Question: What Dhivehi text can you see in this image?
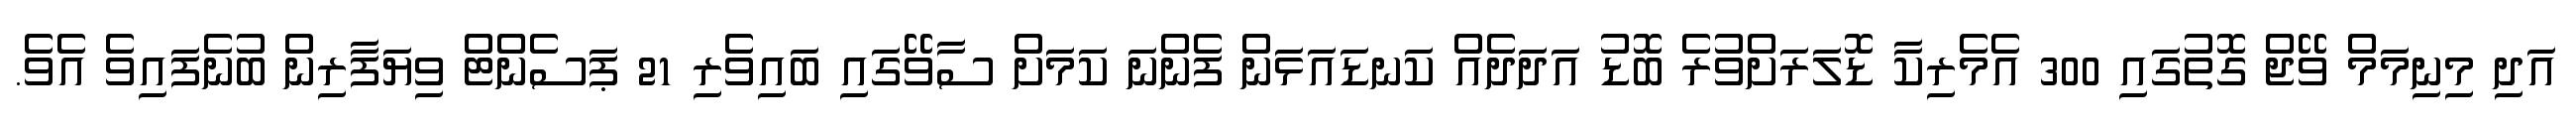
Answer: އަދި މިނިމަމް ވޭޖް ގޮތުގައި 300 އެމެރިކާ ޑޮލަރަށްވުރެ ބޮޑު އަދަދެއް ކަނޑައަޅަން ފެންނަ ކަމަށް ސާވޭގައި ބައިވެރި 21 ޕަސެންޓް ވިޔަފާރިން ބުނެފައިވެ އެވެ.